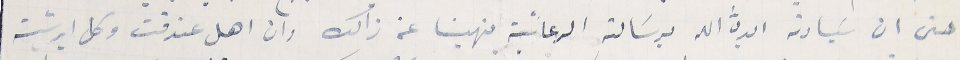
حتى ان سَيادته ايده الله برسَالتهِ الرعائية ينهينا عن ذالك وان اهل عندقت وكل ابرشية